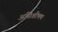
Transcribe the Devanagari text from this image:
अधिशीषण